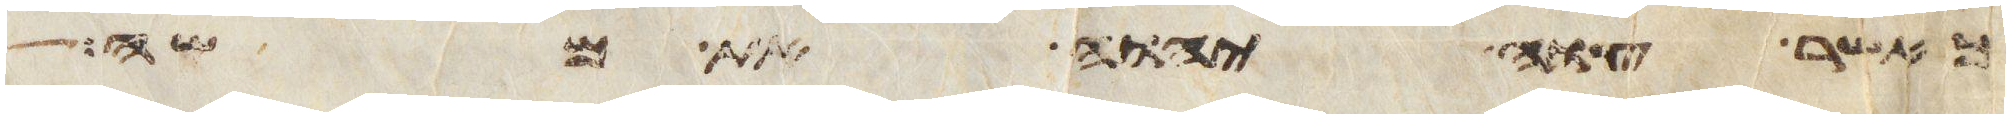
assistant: אשר צוה יהוה את משה